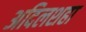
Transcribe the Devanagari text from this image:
अदिलशहा